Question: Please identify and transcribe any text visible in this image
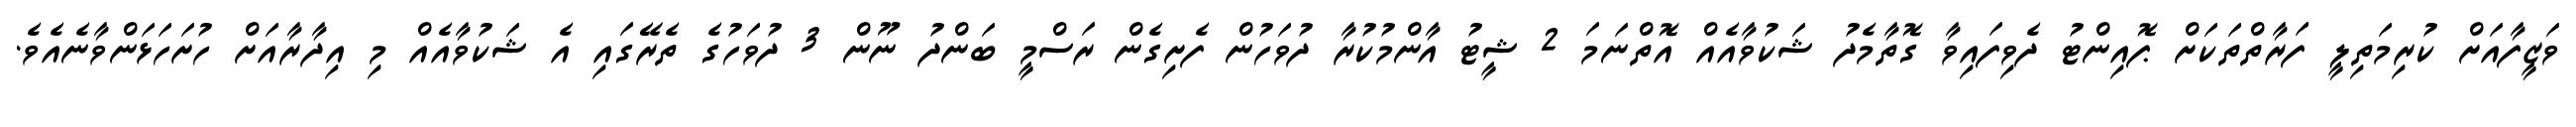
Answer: ވަޒީފާއަށް ކުރިމަތިލީ ފަރާތްތަކަށް ޕޮއިންޓު ދެވިފައިވާ ގޮތާމެދު ޝަކުވާއެއް އޮތްނަމަ 2 ޝީޓު އާންމުކުރާ ދުވަހުން ފެށިގެން ރަސްމީ ބަންދު ނޫން 3 ދުވަހުގެ ތެރޭގައި އެ ޝަކުވާއެއް މި އިދާރާއަށް ހުށަހަޅަންވާނެއެވެ.